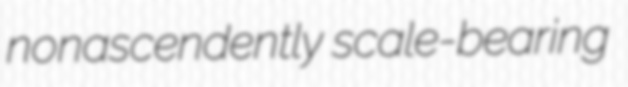
nonascendently scale-bearing